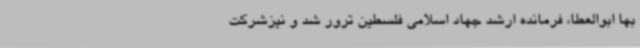
بها ابوالعطا، فرمانده ارشد جهاد اسلامی فلسطین ترور شد و نیزشرکت ‌